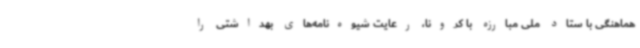
هماهنگی با ستاد ملی مبارزه با کرونا، رعایت شیوه‌نامه‌های بهداشتی را